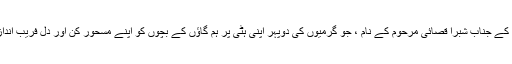
لیکن کتاب کے انتساب نے ہی ایسا جکڑ لیا کہ وہیں کا ہو رہا : ”اپنی بستی کے جناب شبرا قصائی مرحوم کے نام ، جو گرمیوں کی دوپہر اپنی ہٹی پر ہم گاؤں کے بچوں کو اپنے مسحور کن اور دل فریب انداز میں جنوں، پریوں، شہزادے اور شہزادیوں کے قصے سنایا کرتے تھے“۔